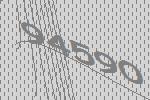
94590